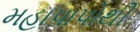
મહાપાપોથી